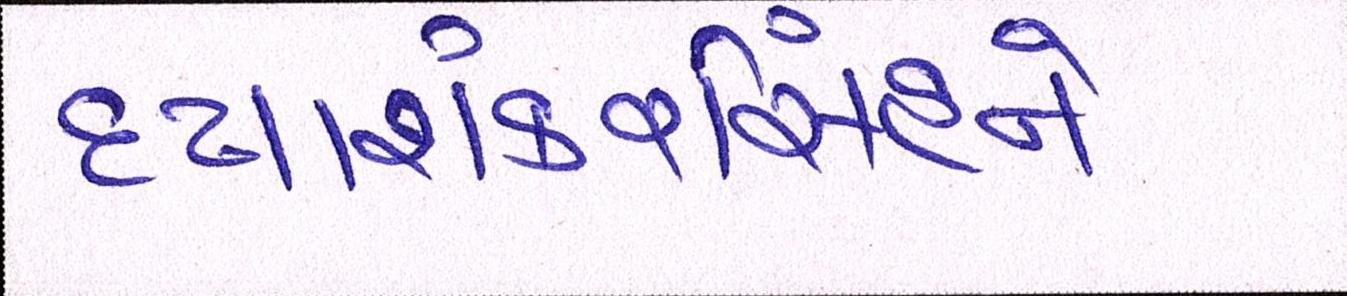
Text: દયાશંકરિંસહને